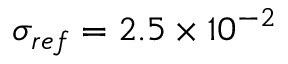
\sigma _ { { r e f } } = 2 . 5 \times 1 0 ^ { - 2 }